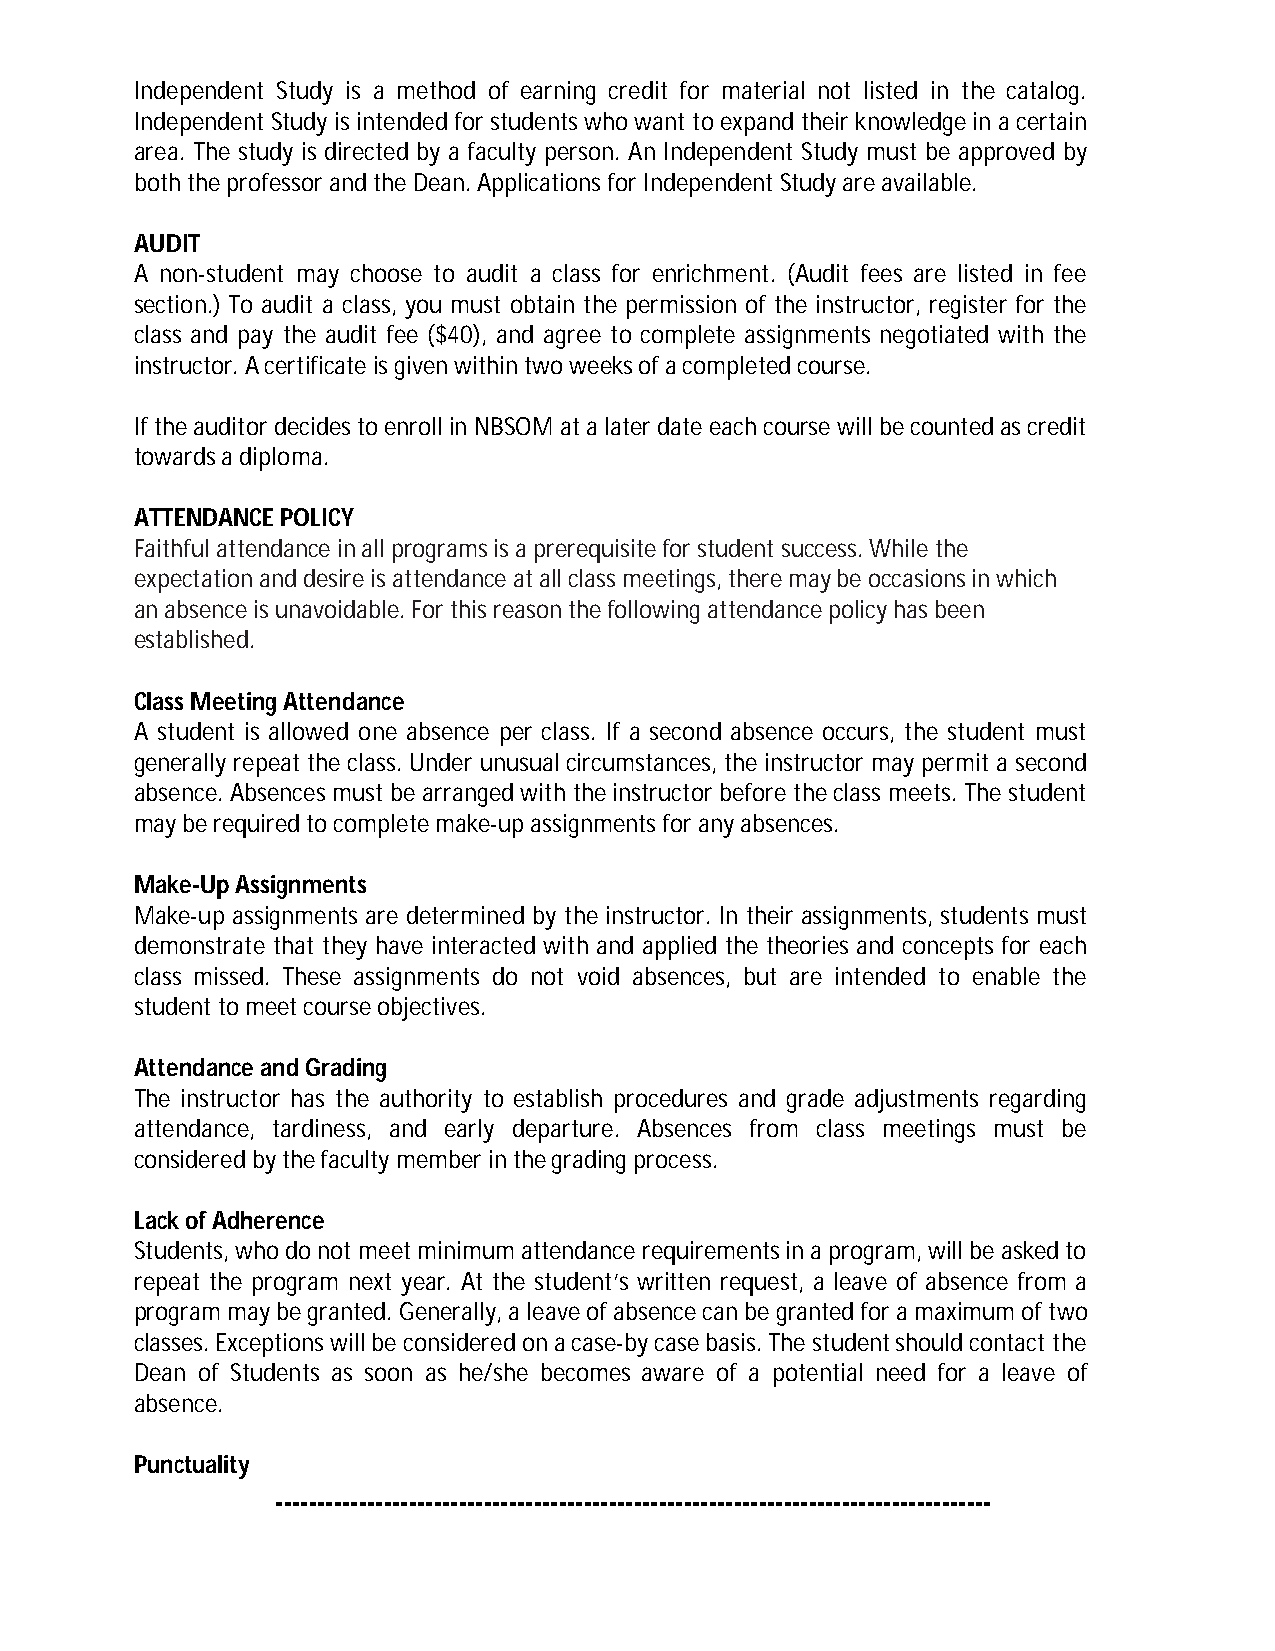
Independent Study is a method of earning credit for material not listed in the catalog.
 Independent Study is intended for students who want to expand their knowledge in a certain
 area. The study is directed by a faculty person. An Independent Study must be approved by
 both the professor and the Dean. Applications for Independent Study are available.
 AUDIT
 A non-student may choose to audit a class for enrichment. (Audit fees are listed in fee
 section.) To audit a class, you must obtain the permission of the instructor, register for the
 class and pay the audit fee ($40), and agree to complete assignments negotiated with the
 instructor. A certificate is given within two weeks of a completed course.
 If the auditor decides to enroll in NBSOM at a later date each course will be counted as credit
 towards a diploma.
 ATTENDANCE POLICY
 Faithful attendance in all programs is a prerequisite for student success. While the
 expectation and desire is attendance at all class meetings, there may be occasions in which
 an absence is unavoidable. For this reason the following attendance policy has been
 established.
 Class Meeting Attendance
 A student is allowed one absence per class. If a second absence occurs, the student must
 generally repeat the class. Under unusual circumstances, the instructor may permit a second
 absence. Absences must be arranged with the instructor before the class meets. The student
 may be required to complete make-up assignments for any absences.
 Make-Up Assignments
 Make-up assignments are determined by the instructor. In their assignments, students must
 demonstrate that they have interacted with and applied the theories and concepts for each
 class missed. These assignments do not void absences, but are intended to enable the
 student to meet course objectives.
 Attendance and Grading
 The instructor has the authority to establish procedures and grade adjustments regarding
 attendance, tardiness, and early departure. Absences from class meetings must be
 considered by the faculty member in the grading process.
 Lack of Adherence
 Students, who do not meet minimum attendance requirements in a program, will be asked to
 repeat the program next year. At the student’s written request, a leave of absence from a
 program may be granted. Generally, a leave of absence can be granted for a maximum of two
 classes. Exceptions will be considered on a case-by case basis. The student should contact the
 Dean of Students as soon as he/she becomes aware of a potential need for a leave of
 absence.
 Punctuality
 --------------------------------------------------------------------------------------